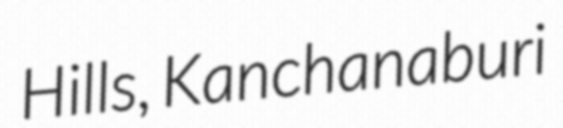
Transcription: Hills, Kanchanaburi